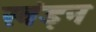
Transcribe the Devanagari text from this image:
खंड़न